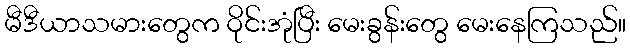
မီဒီယာသမားတွေက ဝိုင်းအုံပြီး မေးခွန်းတွေ မေးနေကြသည်။